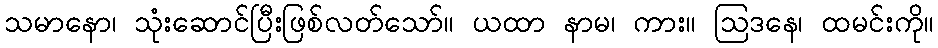
သမာနော၊ သုံးဆောင်ပြီးဖြစ်လတ်သော်။ ယထာ နာမ၊ ကား။ ဩဒနေ၊ ထမင်းကို။